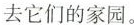
去它们的家园。